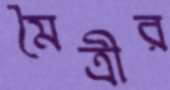
মৈত্রীর